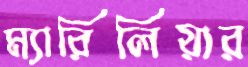
ম্যারিলিয়ার